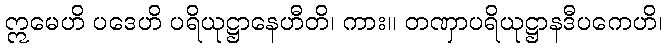
ဣမေဟိ ပဒေဟိ ပရိယုဋ္ဌာနေဟီတိ၊ ကား။ တဏှာပရိယုဋ္ဌာနဒီပကေဟိ၊